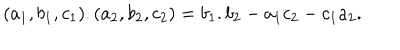
LaTeX: ( a _ { 1 } , b _ { 1 } , c _ { 1 } ) . ( a _ { 2 } , b _ { 2 } , c _ { 2 } ) = b _ { 1 } . b _ { 2 } - a _ { 1 } c _ { 2 } - c _ { 1 } a _ { 2 } .